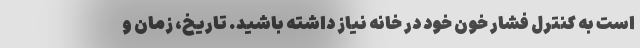
است به کنترل فشار خون خود در خانه نیاز داشته باشید. تاریخ، زمان و